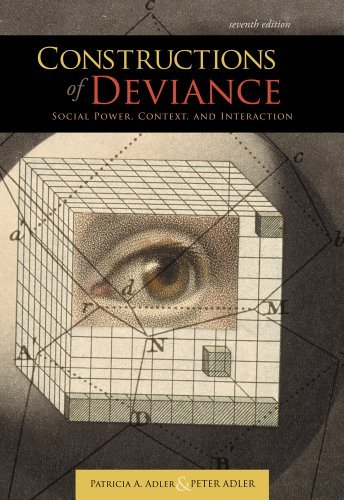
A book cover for Constructions of Deviance: Social Power, Context, and Interaction: 7th (Seventh) Edition; Peter Adler Patricia A. Adler; Sports & Outdoors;